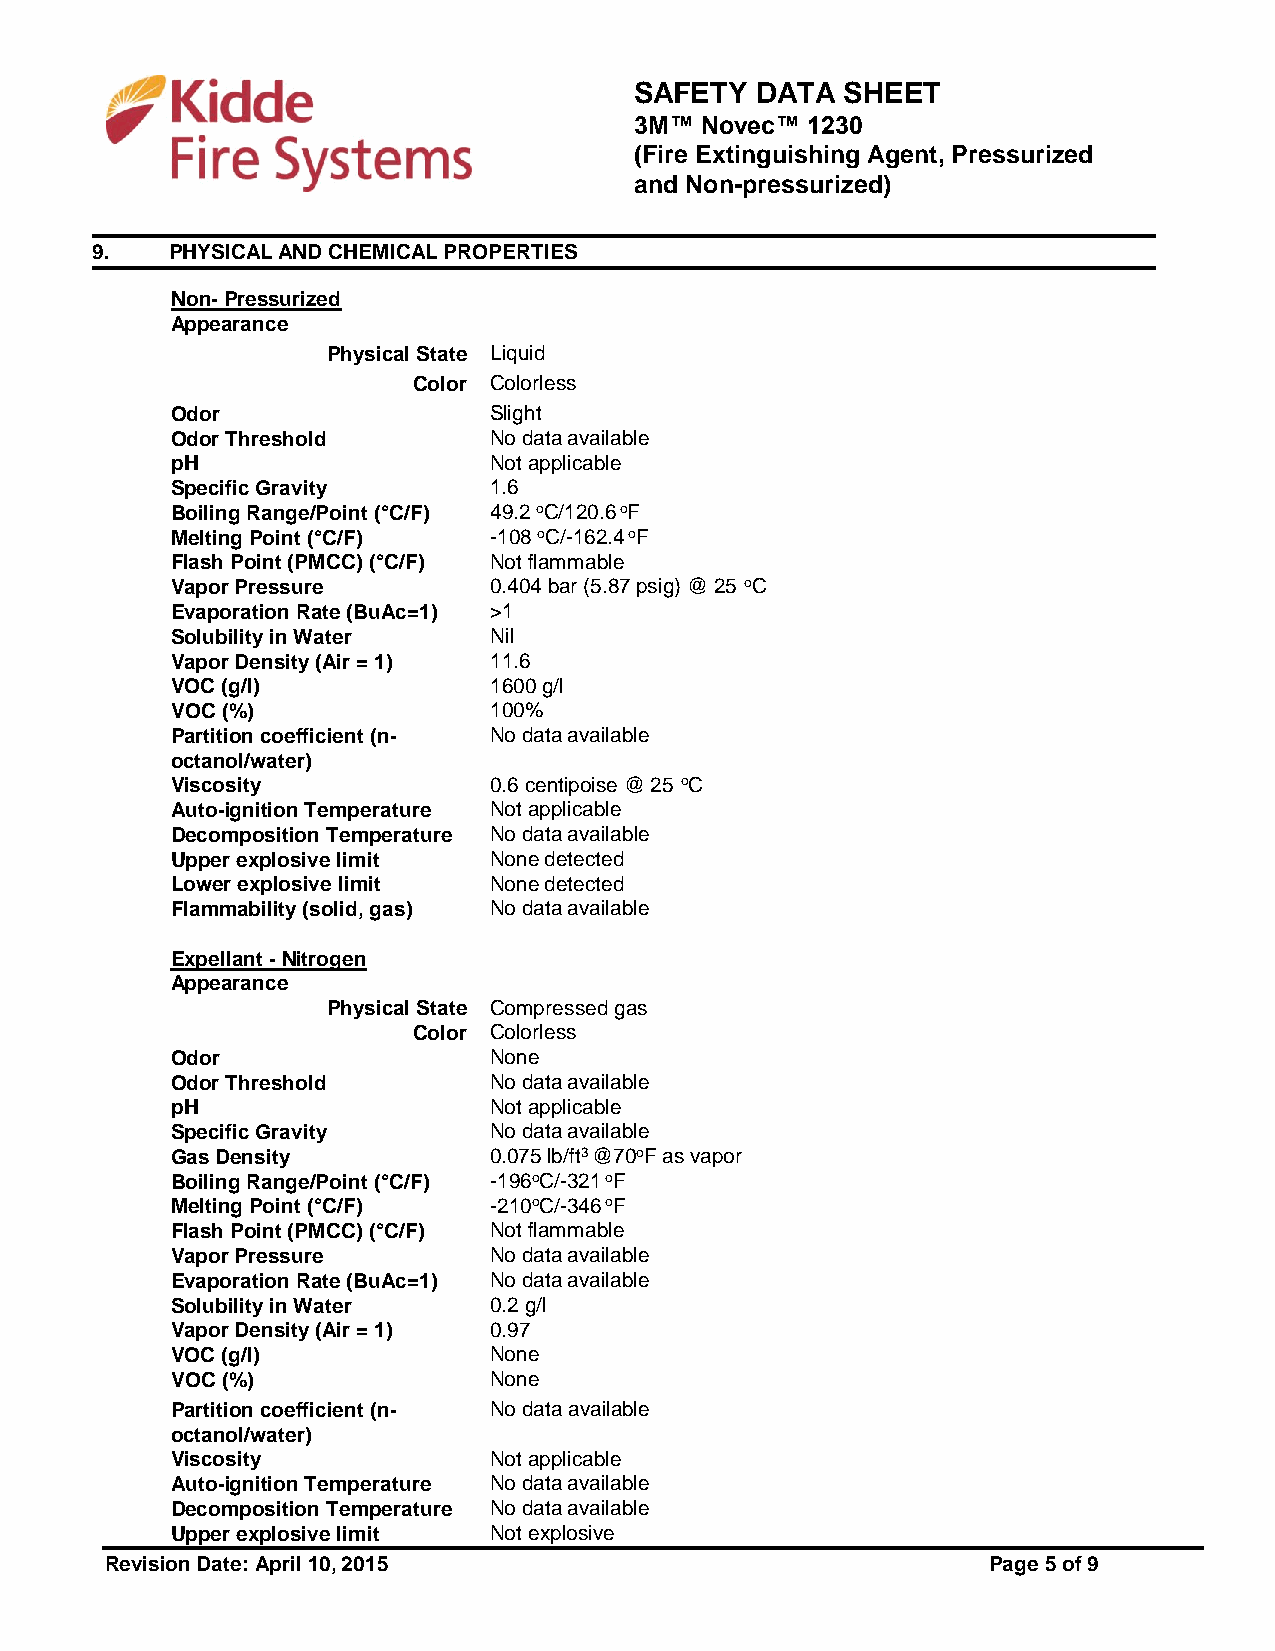
SAFETY  DATA  SHEET
 3M™ Novec™ 1230
 (Fire Extinguishing Agent, Pressurized
 and Non-pressurized)
 9.   PHYSICAL AND CHEMICAL PROPERTIES
 Non- Pressurized
 Appearance
 Physical State Liquid
 Color Colorless
 Odor                 Slight
 Odor Threshold       No data available
 pH                   Not applicable
 Specific Gravity     1.6
 Boiling Range/Point (°C/F) 49.2 oC/120.6 oF
 Melting Point (°C/F) -108 oC/-162.4 oF
 Flash Point (PMCC) (°C/F) Not flammable
 Vapor Pressure       0.404 bar (5.87 psig) @ 25 oC
 Evaporation Rate (BuAc=1) >1
 Solubility in Water  Nil
 Vapor Density (Air = 1) 11.6
 VOC (g/l)            1600 g/l
 VOC (%)              100%
 Partition coefficient (n- No data available
 octanol/water)
 Viscosity            0.6 centipoise @ 25 oC
 Auto-ignition Temperature Not applicable
 Decomposition Temperature No data available
 Upper explosive limit None detected
 Lower explosive limit None detected
 Flammability (solid, gas) No data available
 Expellant - Nitrogen
 Appearance
 Physical State Compressed gas
 Color Colorless
 Odor                 None
 Odor Threshold       No data available
 pH                   Not applicable
 Specific Gravity     No data available
 Gas Density          0.075 lb/ft3 @70oF as vapor
 Boiling Range/Point (°C/F) -196oC/-321 oF
 Melting Point (°C/F) -210oC/-346 oF
 Flash Point (PMCC) (°C/F) Not flammable
 Vapor Pressure       No data available
 Evaporation Rate (BuAc=1) No data available
 Solubility in Water  0.2 g/l
 Vapor Density (Air = 1) 0.97
 VOC (g/l)            None
 VOC (%)              None
 Partition coefficient (n- No data available
 octanol/water)
 Viscosity            Not applicable
 Auto-ignition Temperature No data available
 Decomposition Temperature No data available
 Upper explosive limit Not explosive
 Revision Date: April 10, 2015                              Page 5 of 9